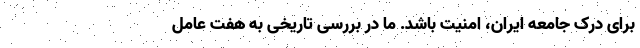
برای درک جامعه ایران، امنیت باشد. ما در بررسی تاریخی به هفت عامل